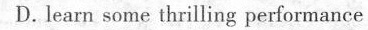
D. learn some thrilling performance